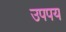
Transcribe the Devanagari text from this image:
उपपय